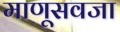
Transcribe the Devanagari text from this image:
माणूसवजा